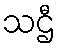
သဌီ